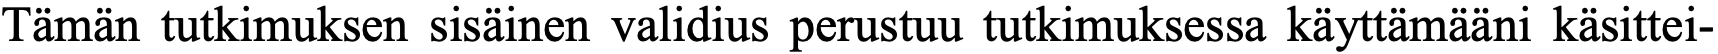
Tämän tutkimuksen sisäinen validius perustuu tutkimuksessa käyttämääni käsittei-